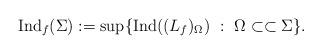
LaTeX: \begin{align*}\mathrm{Ind}_f(\Sigma):=\sup\{\mathrm{Ind}((L_f)_\Omega)\ :\ \Omega\subset\subset\Sigma \}.\end{align*}